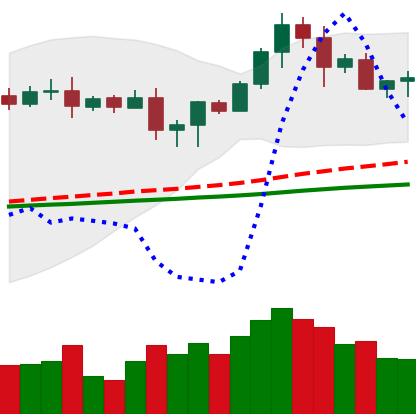
Ticker: LTC-USD
Chart end date: 2020-08-23
Forward return: -5.392%
Label: down_5_7